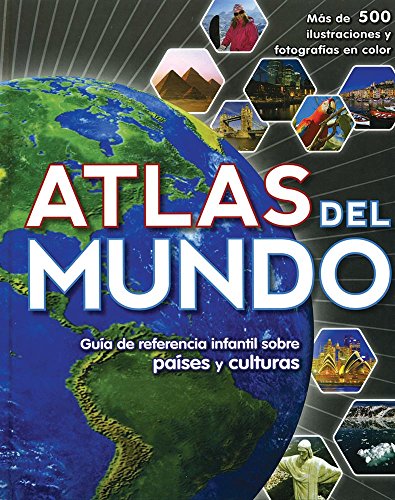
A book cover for Atlas del Mundo (Family Reference) (Spanish Edition); Parragon Books; Reference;